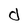
Character: d